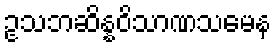
ဥသဘဆိန္နဝိသာဏသမေန